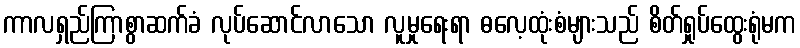
ကာလရှည်ကြာစွာဆက်ခံ လုပ်ဆောင်လာသော လူမှုရေးရာ ဓလေ့ထုံးစံများသည် စိတ်ရှုပ်ထွေးရုံမက